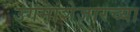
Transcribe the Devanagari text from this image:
उगमाशेजारच्या